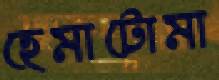
হেমাটোমা